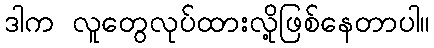
ဒါက လူတွေလုပ်ထားလို့ဖြစ်နေတာပါ။